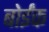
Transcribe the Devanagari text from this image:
बोईंक